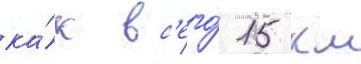
ка́к вс'его́ 15 км